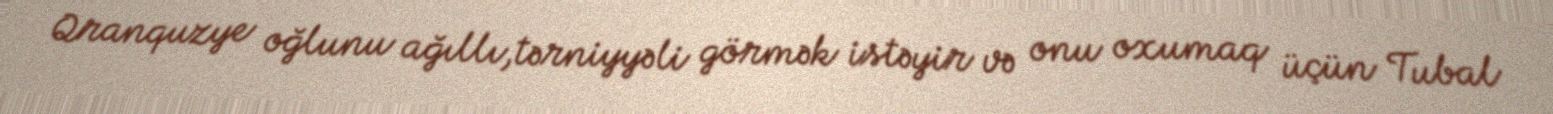
Qranquzye oğlunu ağıllı,tərniyyəli görmək istəyir və onu oxumaq üçün Tubal